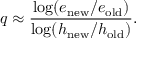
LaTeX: q \approx { \frac { \log ( e _ { \mathrm { n e w } } / e _ { \mathrm { o l d } } ) } { \log ( h _ { \mathrm { n e w } } / h _ { \mathrm { o l d } } ) } } .